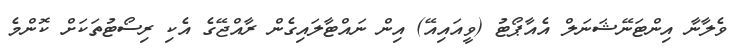
ވެލާނާ އިންޓަނޭޝަނަލް އެއާޕޯޓު (ވީއައިއޭ) އިން ނައްޓާލައިގެން ރާއްޖޭގެ އެކި ރިސޯޓުތަކަށް ކޮންމެ